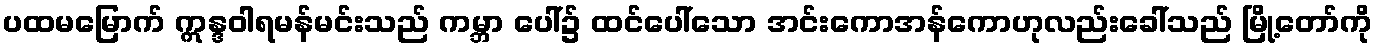
ပထမမြောက် ဣန္ဒဝါရမန်မင်းသည် ကမ္ဘာ ပေါ်၌ ထင်ပေါ်သော အင်းကောအန်ကောဟုလည်းခေါ်သည် မြို့တော်ကို